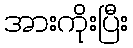
အားကိုးပြီး